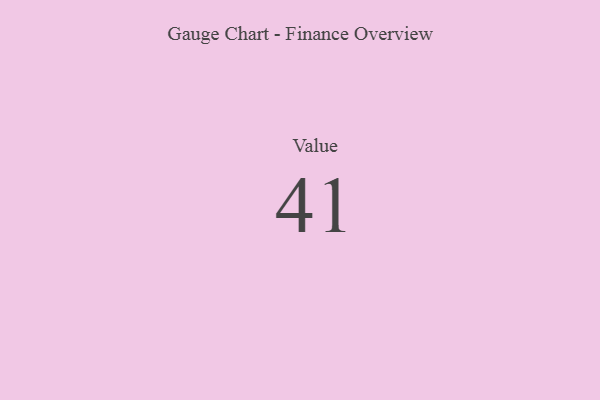
{"axis": {"x": "Metric", "y": "Value"}, "legend": [""], "data": [{"x": "Value", "y": 41, "type": ""}]}